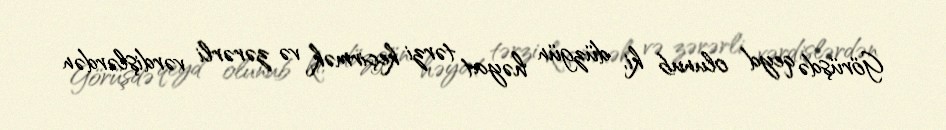
Görüşdə qeyd olunub ki, düzgün həyat tərzi keçirmək və zərərli vərdişlərdən